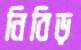
নিবিড়